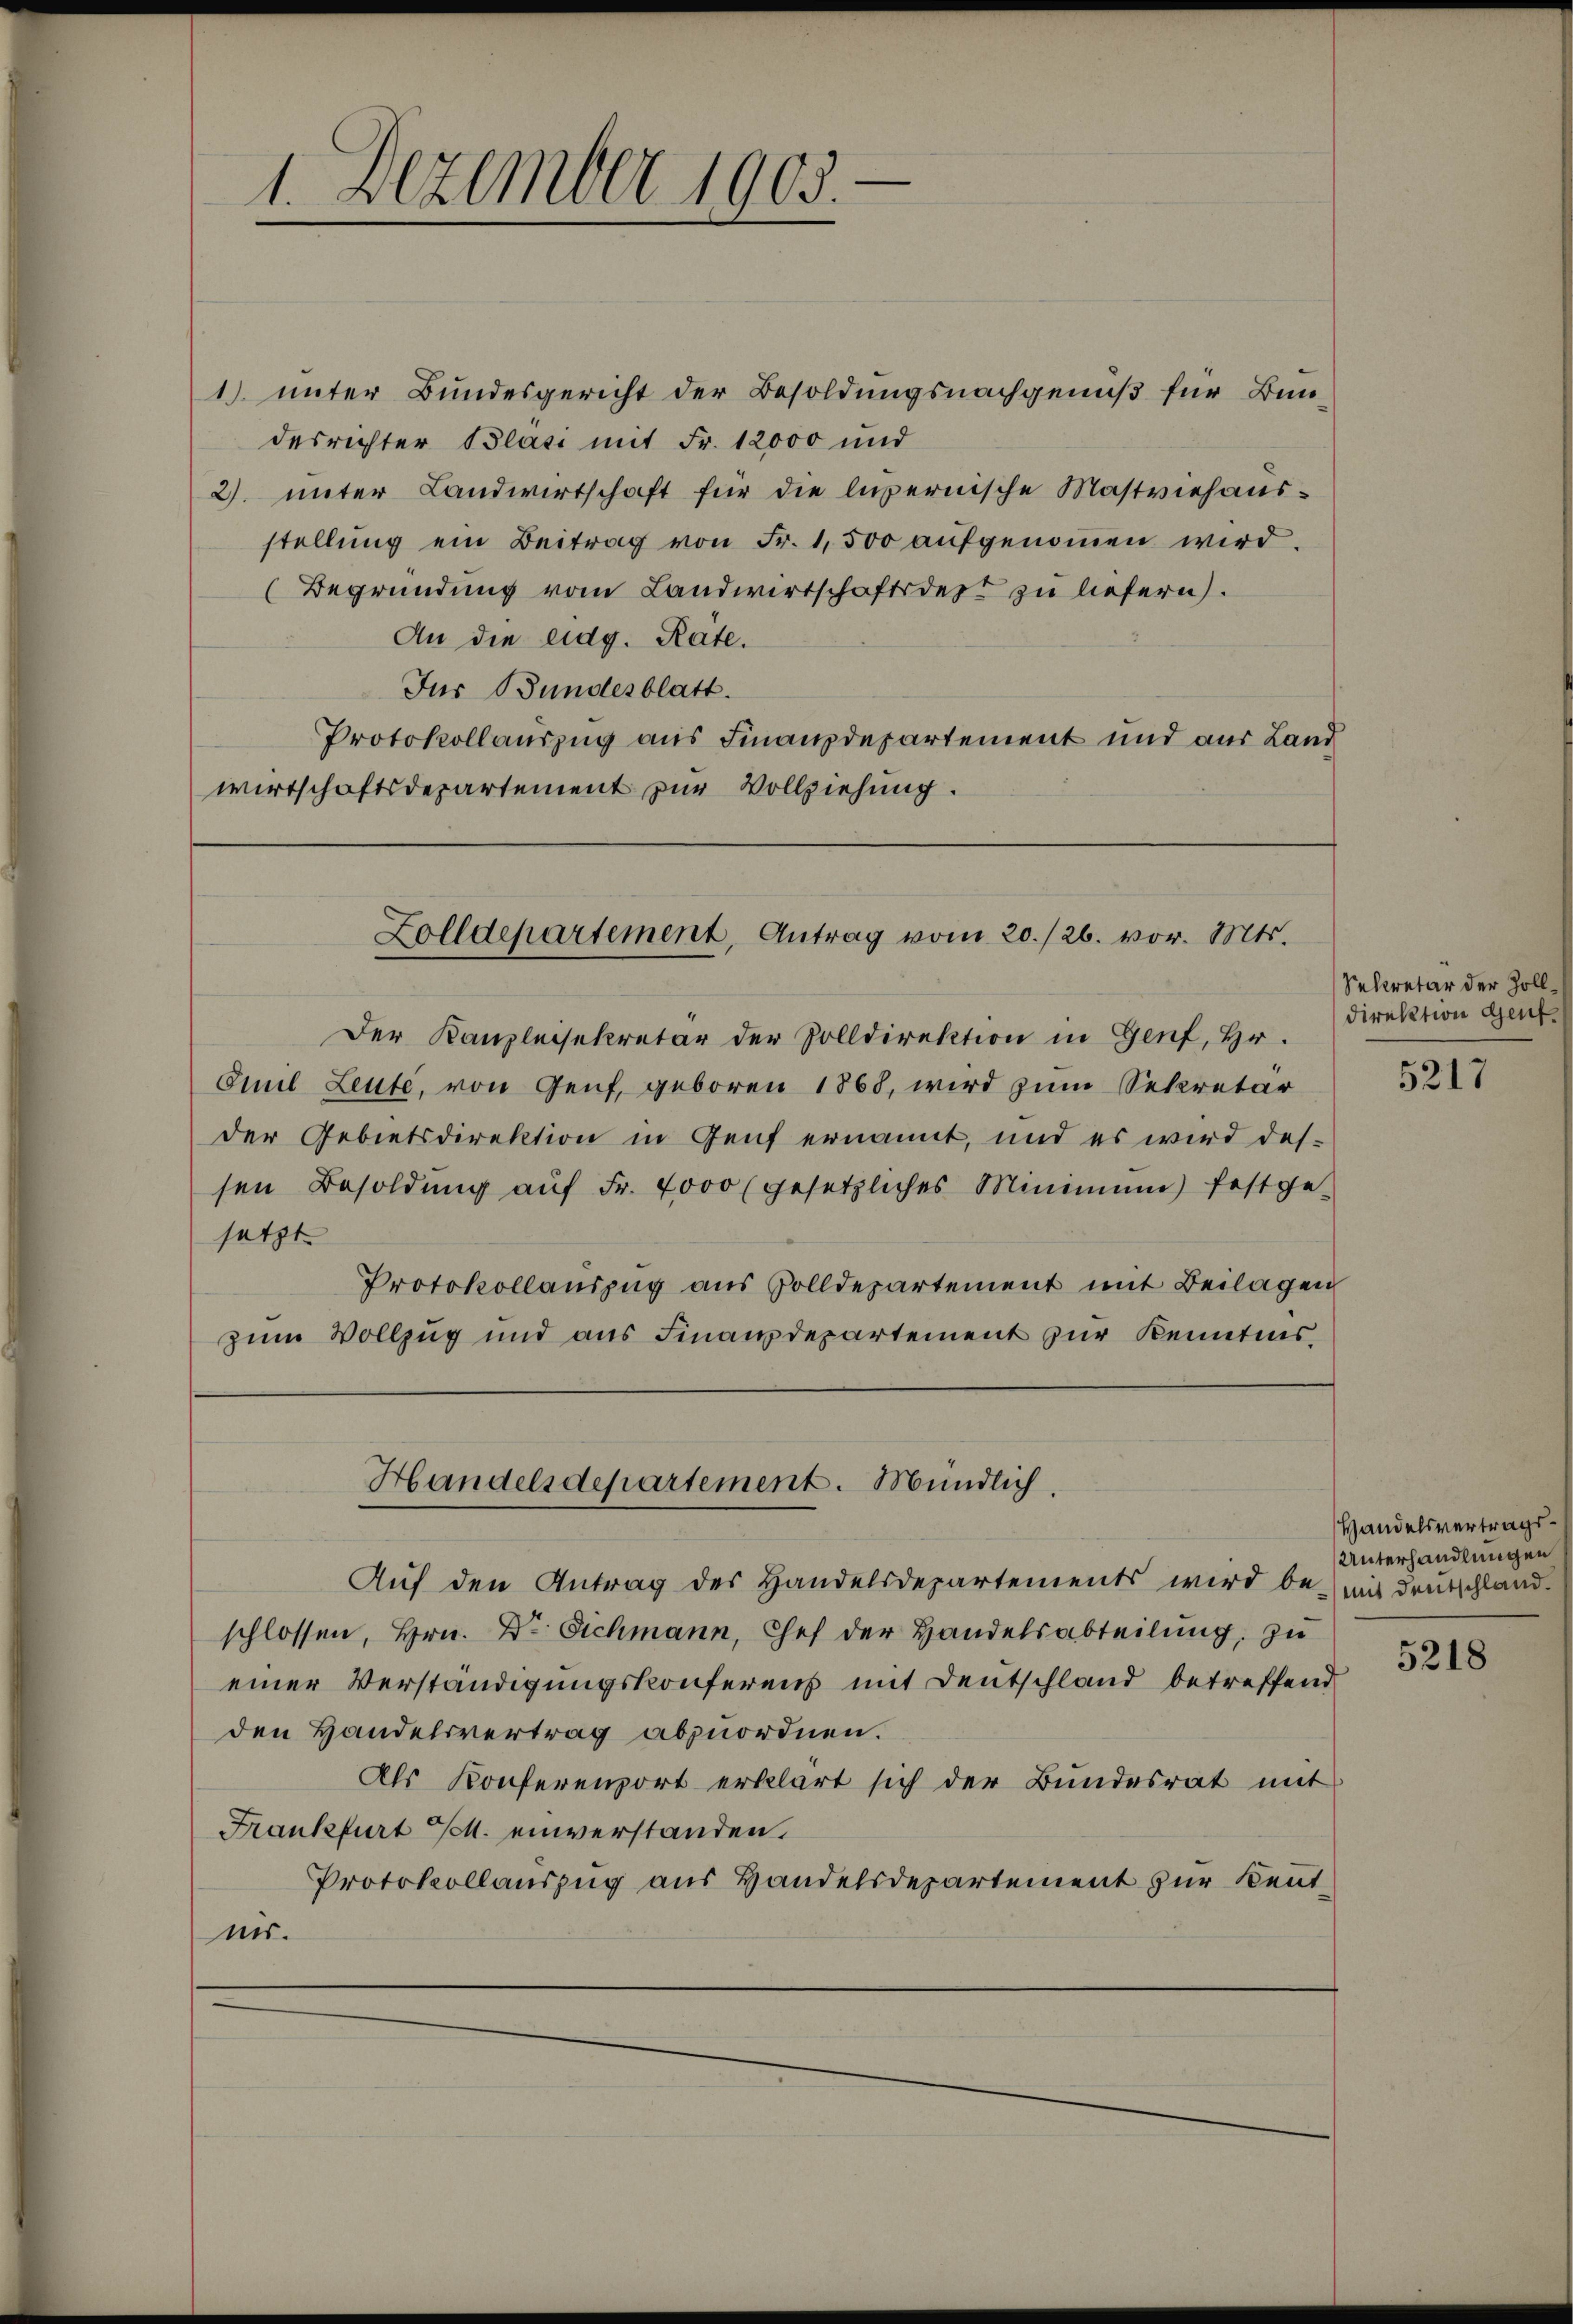
1) unter Bundesgericht der Besoldungsnachgenuß für Bundesrichter Blasi mit Fr. 12000 und
2). unter Landwirtschaft für die luzernische Mastviehausstellŭng ein Beitrag von Fr. 1,500 aŭfgenoṁen wird.
(Begründung vom Landwirtschaftsdest zu liefern.
An die eidg. Räte.
Jur Bundesblatt.
Protokollauszug aus Finanzdepartement und aus Land
wirtschaftsdepartement zur Vollziehung.

3
1. Dezember 1905.

Der Kanzleisekretär der Zolldirektion in Genf, Hr.
Emil Leute, von Genf, geboren 1868, wird zum Sekretär
der Gebietsdirektion in Genf ernannt, und es wird dessen Besoldŭng aŭf Fr. 4000 (gesetzliches Minimum festge-
setzt
Protokollauszug aus Zolldepartement mit Beilagen
zum Vollzug und aus Finanzdepartement zur Kenntnis.

Zolldepartement, Antrag vom 20./26. vor. Mts.

Handelsdepartement. Mündlich.

Aŭf den Antrag des Handelsdepartements wird be- mit deutschland.
schlossen, Hrn. Dr Eichmann, Chef der Handelsabteilung, zu
einer Verständigungskonferens mit Deutschland betreffend
den Handelsvertrag abzuordnen.
Als Konferenport erklärt sich der Bundesrat mit
Frankfurt M. einverstanden.
Protokollauszug aus Handelsdepartement zur Kennt-
nis.

Sekretär der Zolldirektion Genf.

5217

Handelsvertrags¬
Unterhandlungen

5218